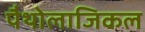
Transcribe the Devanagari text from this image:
पैथोलाजिकल